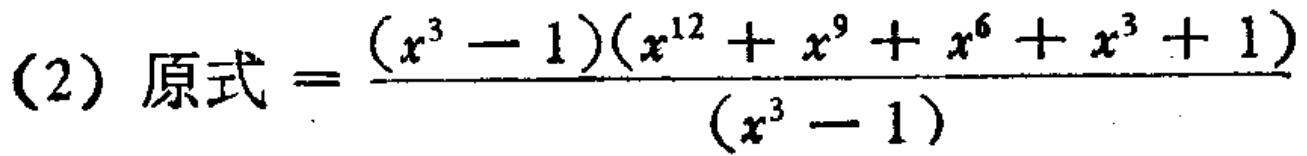
(2) 原式$=\frac{(x^{3}-1)(x^{12}+x^{9}+x^{6}+x^{3}+1)}{(x^{3}-1)}$